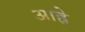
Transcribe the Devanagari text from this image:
आह्रे